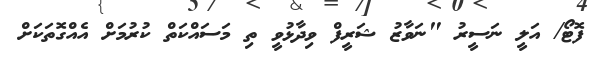
ފޮޓޯ/ އަލީ ނަސީރު "ނަވާޒު ޝަރީފް ވިދާޅުވީ ތި މަސައްކަތް ކުރުމަށް އެއްގޮތަކަށް